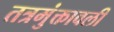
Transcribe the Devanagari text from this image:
तत्रमुंक्तावली